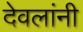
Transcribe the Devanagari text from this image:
देवलांनी